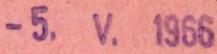
-5.V.1966